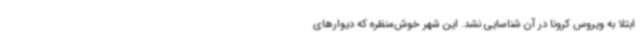
ابتلا به ویروس کرونا در آن شناسایی نشد. این شهر خوش‌منظره که دیوارهای